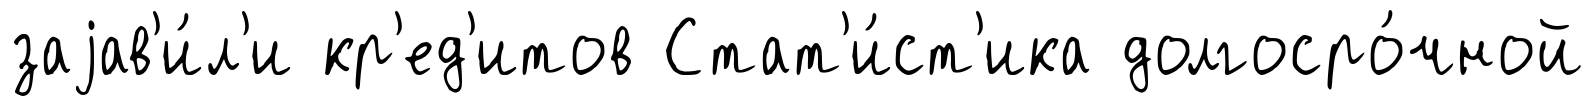
заjав'и́л'и кр'ед'итов Стат'и́ст'ика долгосро́чной